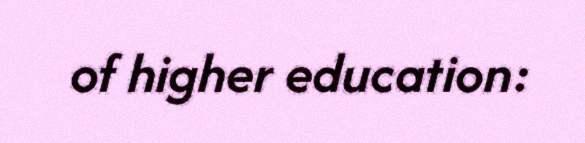
of higher education: